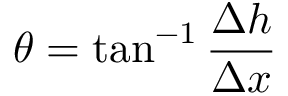
\theta = \tan ^ { - 1 } { \frac { \Delta h } { \Delta x } }